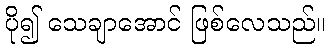
ပို၍ သေချာအောင် ဖြစ်လေသည်။